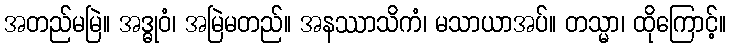
အတည်မမြဲ။ အဒ္ဓုဝံ၊ အမြဲမတည်။ အနဿာသိကံ၊ မသာယာအပ်။ တသ္မာ၊ ထိုကြောင့်။